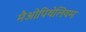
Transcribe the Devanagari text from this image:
मैओपिथेलियम